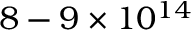
8 - 9 \times 1 0 ^ { 1 4 }